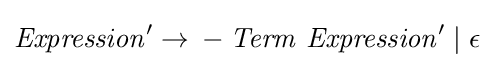
{\mathit {Expression}}'\rightarrow {}-{\mathit {Term}}\ {\mathit {Expression}}'\mid \epsilon